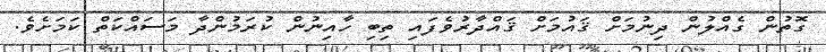
ގޮތުން ގެއްލުން ދިނުމަށް ޤައުމަށް ޤައްދާރުވެފައި ތިބި ހާއިނުން ކުރަމުންދާ މަސައްކަތް ކަމަށެވެ.